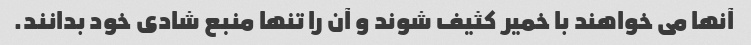
آنها می خواهند با خمیر کثیف شوند و آن را تنها منبع شادی خود بدانند.